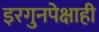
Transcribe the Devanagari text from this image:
इरगुनपेक्षाही